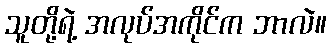
သူတို့ရဲ့ အလုပ်အကိုင်က ဘာလဲ။